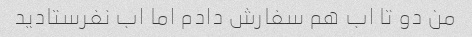
من دو تا اب هم سفارش دادم اما اب نفرستادید